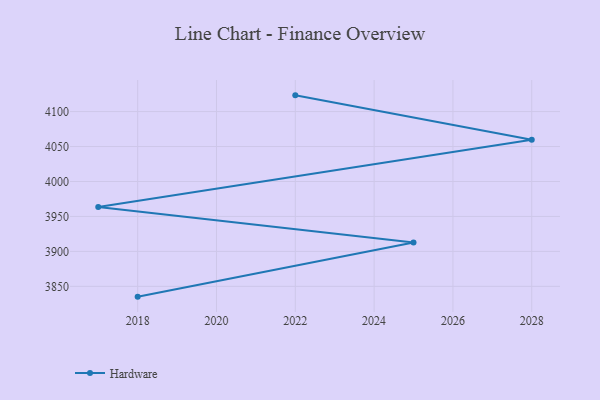
{"axis": {"x": "Year", "y": "Shipments"}, "legend": ["Hardware"], "data": [{"x": "2018", "y": 3835.3, "type": "Hardware"}, {"x": "2025", "y": 3912.7, "type": "Hardware"}, {"x": "2017", "y": 3963.4, "type": "Hardware"}, {"x": "2028", "y": 4059.6, "type": "Hardware"}, {"x": "2022", "y": 4123.2, "type": "Hardware"}]}